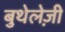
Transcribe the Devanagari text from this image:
बुथेलेज़ी